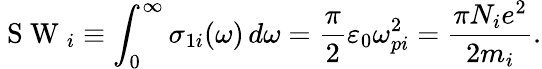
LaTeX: \mathrm{~S~W~}_{i}\equiv\int_{0}^{\infty}\sigma_{1i}(\omega)\, d\omega=\frac{\pi}{2}\varepsilon_{0}\omega_{pi}^{2}=\frac{\pi N_{i}e^{2}}{2m_{i}}.